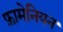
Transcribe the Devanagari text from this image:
फ़ामेनियन